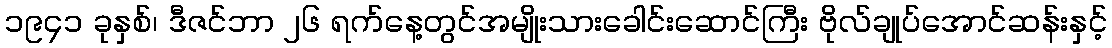
၁၉၄၁ ခုနှစ်၊ ဒီဇင်ဘာ ၂၆ ရက်နေ့တွင်အမျိုးသားခေါင်းဆောင်ကြီး ဗိုလ်ချုပ်အောင်ဆန်းနှင့်